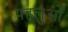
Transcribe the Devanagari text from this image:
पहलुओें